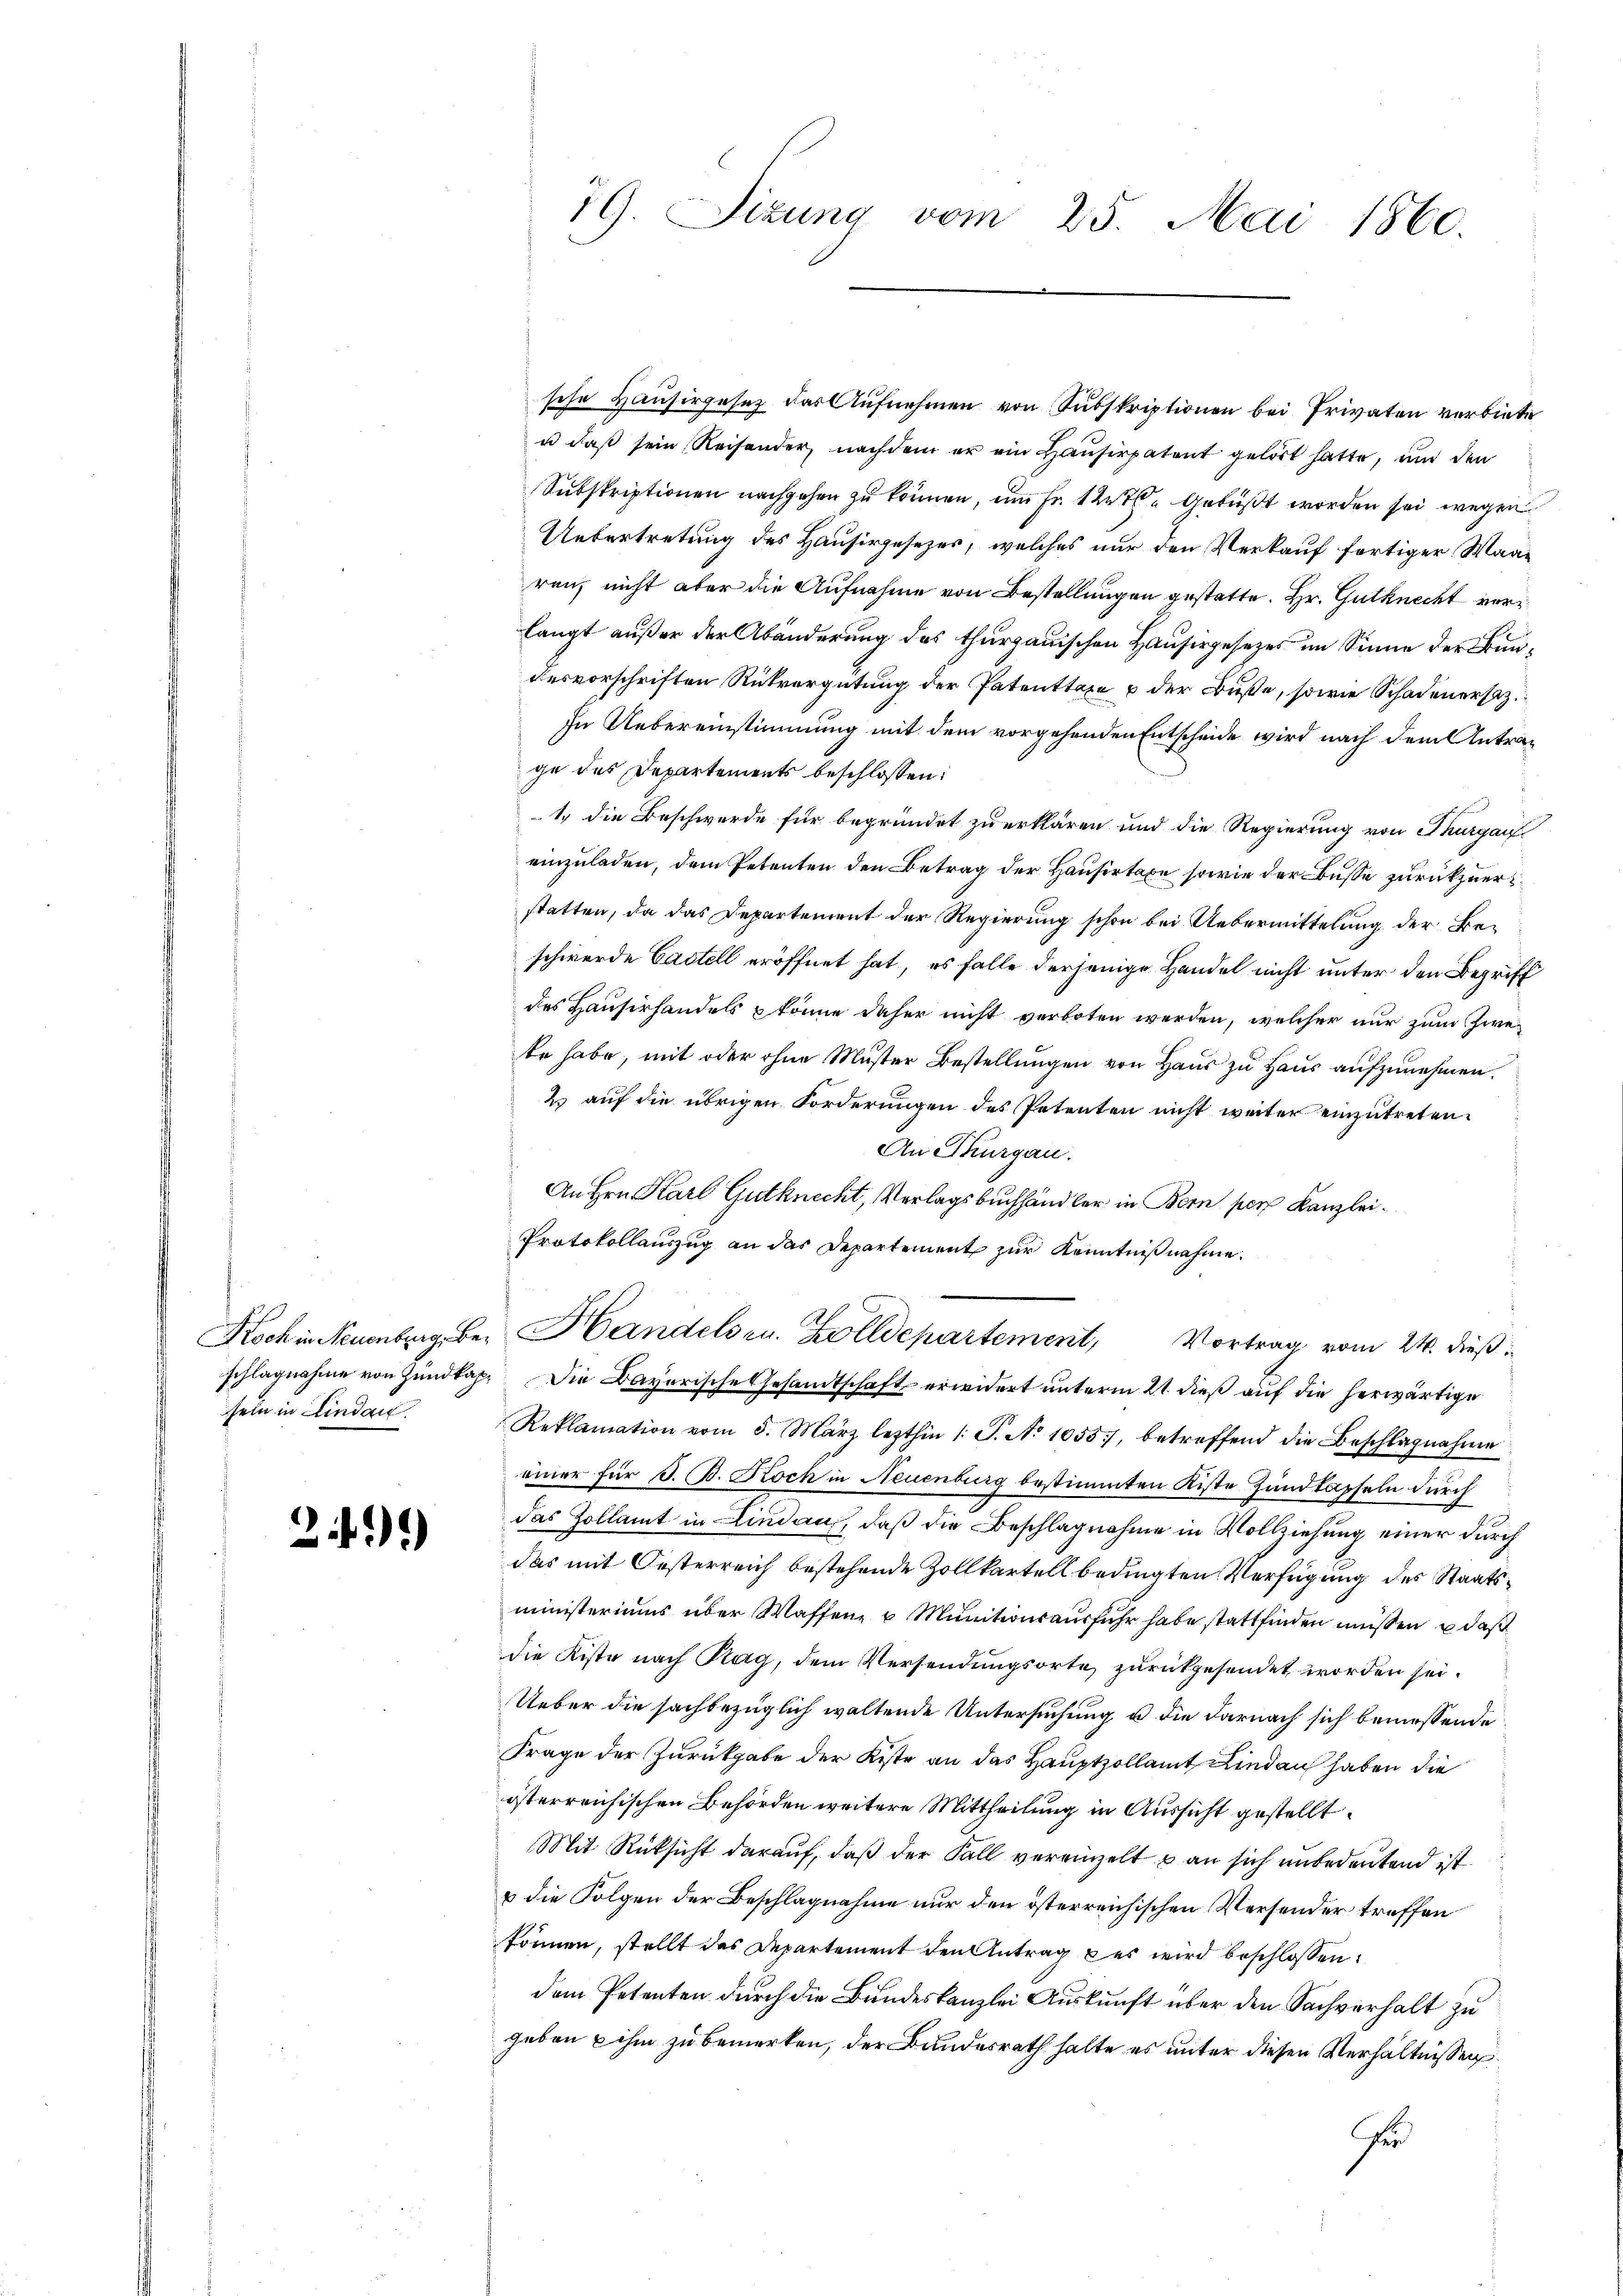
Koch in Neuenburg, Beschlagnahme von Zundkapsein in Lindau.

2)*)

sche Hausirgesetz das Aufnehmen von Subskriptionen bei Privaten verbiete
u daß sein, Reisender, nachdem er ein Hausirpatent gelöst hatte, und den
Subskriptionen nachgehen zu können, um Fr. 12 gebüßt worden sei wegen
Uebertretung des Hausirgesezes, welches nur den Verkauf fertiger Waaren, nicht aber die Aufnahme von Bestellungen gestatte. Hr. Gutknecht verlangt außer der Abänderung des thurgauischen Hausisgesezes im Sinne der Bundesvorschriften Rückvergütung der Patenttage & der Buße, sowie Schadenersatz
In Uebereinstimmung mit dem vorgehenden Entscheide wird nach dem Antrage des Departements beschlossen:
1. die Beschwerde für begründet zu erklären und die Regierung von Thurgauf
einzuladen, dem Petenten den Betrag der Hausertaxe sowie der Busse zurückzuersstatten, da das Departement der Regierung schon bei Uebermittelung der Beschwerde Castell eröffnet hat, es falle derjenige Handel nicht unter den Begriff
des Hausirhandels & könne daher nicht verboten werden, welcher nur zum Zwete habe, mit oder ohne Muster Bestellungen von Haus zu Haus aufzunehmen.
2 auf die übrigen Forderungen des Petenten nicht weiter einzutreten.
An Thurgau.
An Hrn. Karl Gutknecht, Verlagsbuchhändler in Bern per Kanzlei¬
Protokollauszug an das Departement zur Kenntnißnahme.
Handelsr. Zolldepartement, Vortrag vom 24. dieß
Die Bavarische Gesandtschaft erwidert unterm 21. dieß auf die herwärtige
Reklamation vom 5. März lezthin 1 S. No 1055, betreffend die Beschlagnahme
einer für J. B. Koch in Neuenburg bestimmten Kiste Hundtapfeln durch
das Zollamt in Lindau, daß die Beschlagnahme in Vollziehung einer durch
das mit Oesterreich bestehende Zollkartell bedingten Verfügung des Staatsministeriums über Waffen, u. Munitionsausfuhr habe stattfinden müssen u daß
die Kiste nach Plag, dem Versendungsorte zurückgesendet worden sei.
Ueber die sachbezüglich waltende Untersuchung u die darnach sich bemessende
Frage der Zurückgabe der Kiste an das Hauptzollamt Lindau haben die
österreichischen Behörden weitere Mittheilung in Aussicht gestellt.
Mit Rüksicht darauf, daß der Fall vereinzelt u an sich unbedeutend ist.
& die Folgen der Beschlagnahme nur den österreichischen Versender treffen
können, stellt das Departement den Antrag des wird beschlossen:
dem Petenten durch die Bundeskanzlei Auskunft über den Sachverhalt zu
geben & ihm zu bemerken, der Bundesrath halte es unter diesen Verhältnissen
fur

19. Sizung vom 25. Mai 1860.